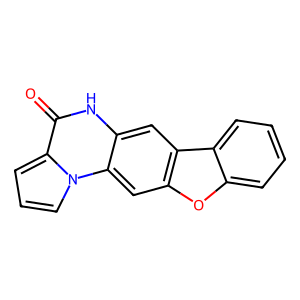
SMILES: O=c1[nH]c2cc3c(cc2n2cccc12)oc1ccccc13
Inhibits HIV replication: No